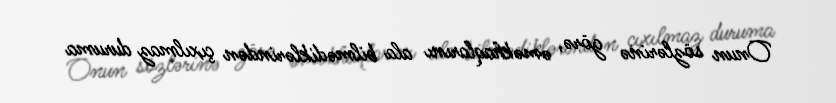
Onun sözlərinə görə, əməkhaqlarını ala bilmədiklərindən çıxılmaz duruma